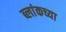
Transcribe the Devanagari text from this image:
ब्लांकच्या